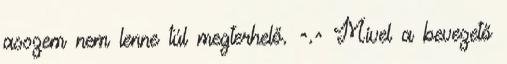
asszem nem lenne túl megterhelő. ^.^ Mivel a bevezető